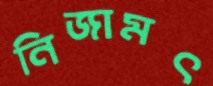
নিজামৎ